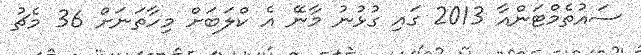
ސައުތެމްޓަންއާ 2013 ގައި ގުޅުނު މާނޭ އެ ކްލަބަށް މިހާތަނަށް 36 މެޗު